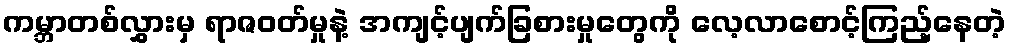
ကမ္ဘာတစ်လွှားမှ ရာဇဝတ်မှုနဲ့ အကျင့်ပျက်ခြစားမှုတွေကို လေ့လာစောင့်ကြည့်နေတဲ့